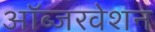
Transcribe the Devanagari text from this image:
ऑब्जरवेशन